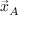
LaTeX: { \vec { x } } _ { A }